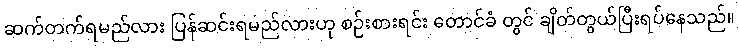
ဆက်တက်ရမည်လား ပြန်ဆင်းရမည်လားဟု စဉ်းစားရင်း တောင်ခံ တွင် ချိတ်တွယ်ပြီးရပ်နေသည်။